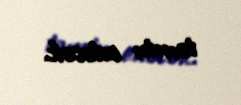
təmin edəcək.